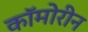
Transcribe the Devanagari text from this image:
कॉमोरीन